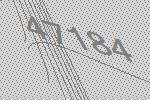
47184